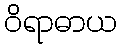
ဝိရာဓာယ